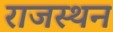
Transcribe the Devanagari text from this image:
राजस्थन